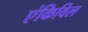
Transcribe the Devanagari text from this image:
एंकिविल